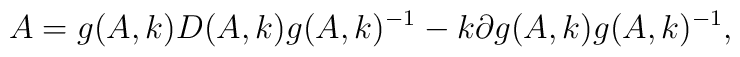
A=g(A,k)D(A,k)g(A,k)^{-1}-k\partial g(A,k) g(A,k)^{-1},